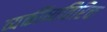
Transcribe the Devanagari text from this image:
व्यक्तींव्यतिरिक्त